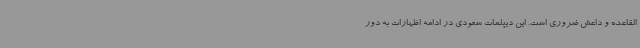
القاعده و داعش ضروری است. این دیپلمات سعودی در ادامه اظهارات به دور